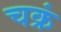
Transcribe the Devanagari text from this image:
चक्रं